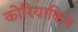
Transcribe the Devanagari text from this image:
कोरियाकिन